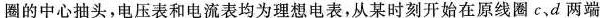
圈的中心抽头，电压表和电流表均为理想电表，从某时刻开始在原线圈c、d两端